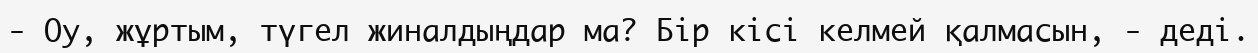
-	Оу, жұртым, түгел жиналдыңдар ма? Бір кісі келмей қалмасын, - деді.